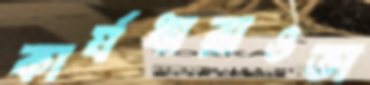
কার্যধারাওতা